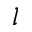
l